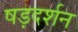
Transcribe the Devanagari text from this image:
षड़दर्शन